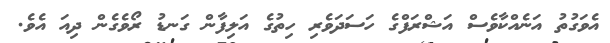
އެވަގުތު އަނެއްކާވެސް އަޝްރަފްގެ ހަސަދަވެރި ހިތުގެ އަލިފާން ގަނޑު ރޯވެގެން ދިއަ އެވެ.